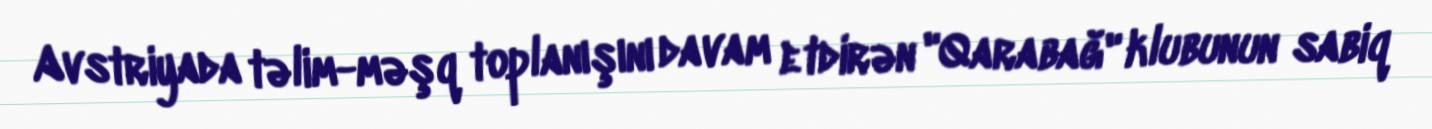
Avstriyada təlim-məşq toplanışını davam etdirən "Qarabağ" klubunun sabiq